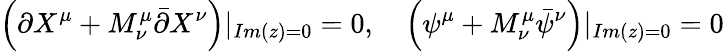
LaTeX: \left(\partial X^{\mu}+M_{\nu}^{\mu}\bar{\partial}X^{\nu}\right)|_{Im(z)=0}=0,\quad\left(\psi^{\mu}+M_{\nu}^{\mu}\bar{\psi}^{\nu}\right)|_{Im(z)=0}=0